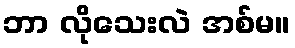
ဘာ လိုသေးလဲ အစ်မ။